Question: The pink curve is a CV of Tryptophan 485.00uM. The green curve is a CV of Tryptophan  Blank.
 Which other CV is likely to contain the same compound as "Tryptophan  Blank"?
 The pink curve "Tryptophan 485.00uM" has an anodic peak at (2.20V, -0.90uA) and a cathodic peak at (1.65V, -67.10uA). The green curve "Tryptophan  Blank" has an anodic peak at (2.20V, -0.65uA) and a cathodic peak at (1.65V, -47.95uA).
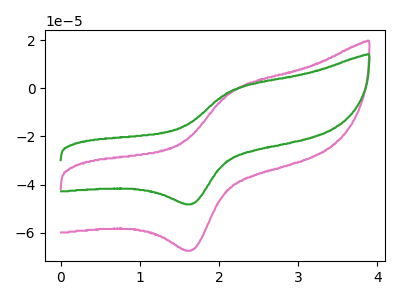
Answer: <think>All the peaks in "Tryptophan 485.00uM" have a peak in "Tryptophan  Blank" at the same potential.
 </think>
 <answer>The CV with the most similar shape to "Tryptophan 485.00uM" is "Tryptophan  Blank".</answer>
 <eval>"Tryptophan  Blank"</eval>